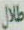
طلال